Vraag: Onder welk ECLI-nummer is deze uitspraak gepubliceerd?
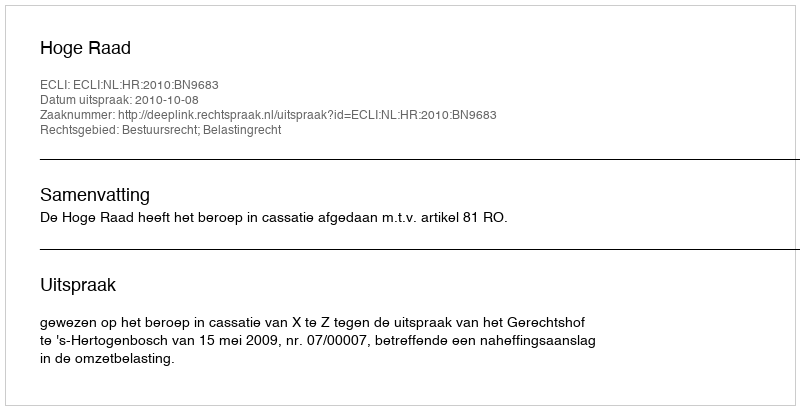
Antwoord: ECLI:NL:HR:2010:BN9683